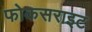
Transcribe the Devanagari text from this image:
फोकसराइट